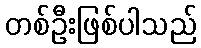
တစ်ဦးဖြစ်ပါသည်